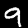
Digit: 9